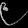
Digit: ၉